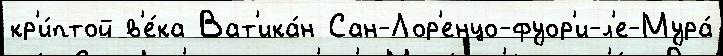
кр'и́птой в'е́ка Ват'ика́н Сан-Лор'енцо-фуор'и-л'е-Мура́